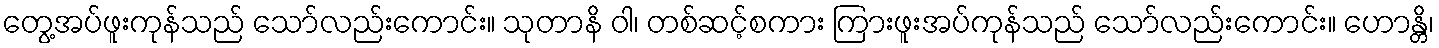
တွေ့အပ်ဖူးကုန်သည် သော်လည်းကောင်း။ သုတာနိ ဝါ၊ တစ်ဆင့်စကား ကြားဖူးအပ်ကုန်သည် သော်လည်းကောင်း။ ဟောန္တိ၊